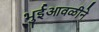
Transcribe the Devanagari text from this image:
भुईआवळीने